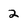
Character: 2